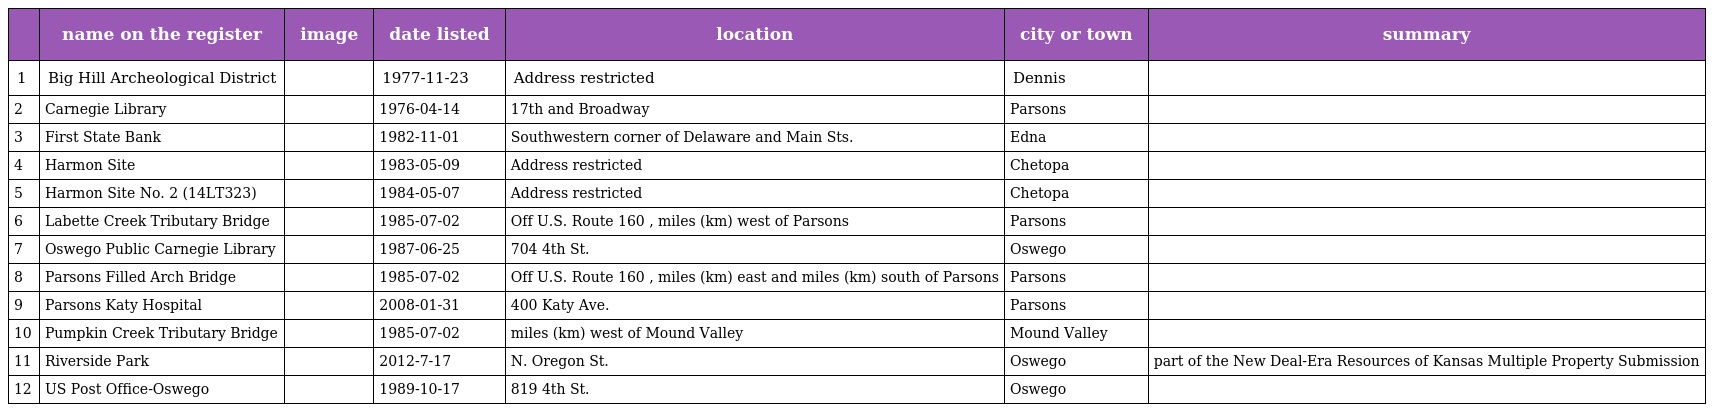
|  | name on the register | image | date listed | location | city or town | summary |
 | --- | --- | --- | --- | --- | --- | --- |
 | 1 | Big Hill Archeological District |  | 1977-11-23 | Address restricted | Dennis |  |
 | 2 | Carnegie Library |  | 1976-04-14 | 17th and Broadway | Parsons |  |
 | 3 | First State Bank |  | 1982-11-01 | Southwestern corner of Delaware and Main Sts. | Edna |  |
 | 4 | Harmon Site |  | 1983-05-09 | Address restricted | Chetopa |  |
 | 5 | Harmon Site No. 2 (14LT323) |  | 1984-05-07 | Address restricted | Chetopa |  |
 | 6 | Labette Creek Tributary Bridge |  | 1985-07-02 | Off U.S. Route 160 , miles (km) west of Parsons | Parsons |  |
 | 7 | Oswego Public Carnegie Library |  | 1987-06-25 | 704 4th St. | Oswego |  |
 | 8 | Parsons Filled Arch Bridge |  | 1985-07-02 | Off U.S. Route 160 , miles (km) east and miles (km) south of Parsons | Parsons |  |
 | 9 | Parsons Katy Hospital |  | 2008-01-31 | 400 Katy Ave. | Parsons |  |
 | 10 | Pumpkin Creek Tributary Bridge |  | 1985-07-02 | miles (km) west of Mound Valley | Mound Valley |  |
 | 11 | Riverside Park |  | 2012-7-17 | N. Oregon St. | Oswego | part of the New Deal-Era Resources of Kansas Multiple Property Submission |
 | 12 | US Post Office-Oswego |  | 1989-10-17 | 819 4th St. | Oswego |  |